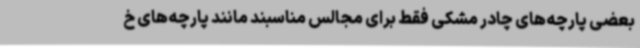
بعضی پارچه‌های چادر مشکی فقط برای مجالس مناسبند مانند پارچه‌های خ